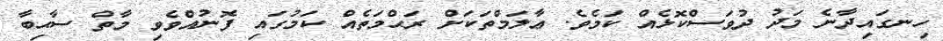
ހިނގައިދާނެ މަދު ދުވަސްކޮޅެއް ކަމެވެ. ޢާލަމްތަކަށް ރަޙްމަތެއް ކަމުގައި ފޮނުއްވެވި މާތް ސާޙިބާ